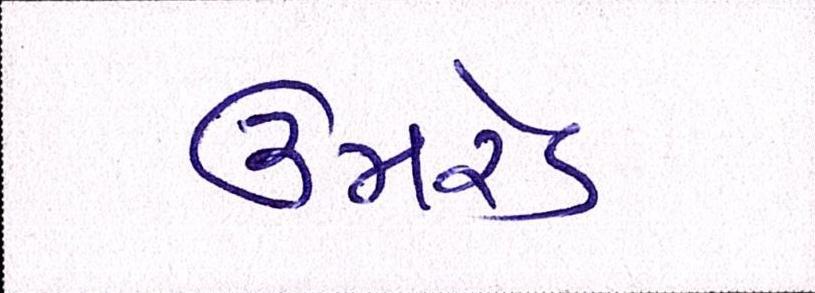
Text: ઉમરેડ